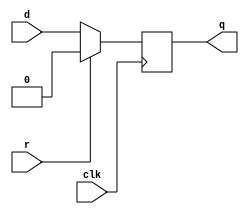
module top_module (
    input clk,
    input d, 
    input r,   // synchronous reset
    output q);
	
    always@(posedge clk)
        if (r)
            q <= 1'b0;
    	else 
            q <= d;
endmodule